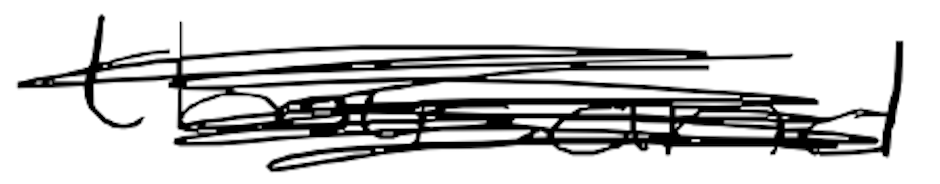
Text: thousand
Cross-out: mix
Writing tool: digital_black